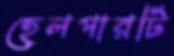
হেলপারটি